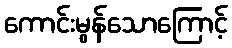
ကောင်းမွန်သောကြောင့်